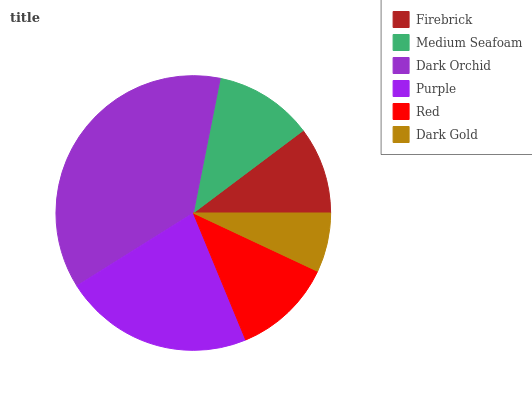
| Firebrick | Medium Seafoam | Dark Orchid | Purple | Red | Dark Gold |
 | --- | --- | --- | --- | --- | --- |
 | 10.3% | 11.6% | 37.1% | 22.3% | 11.8% | 6.97% |